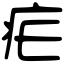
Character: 疟